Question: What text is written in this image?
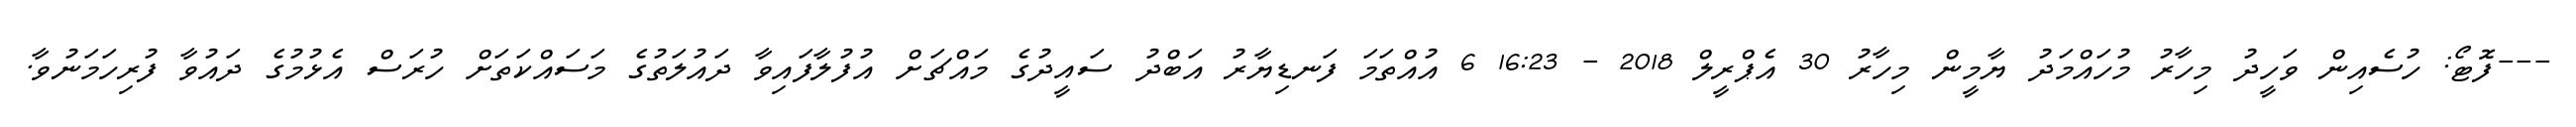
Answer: ---ފޮޓޯ: ހުސެއިން ވަހީދު މިހާރު މުހައްމަދު ޔާމީން މިހާރު 30 އެޕްރީލް 2018 - 16:23 6 އުއްތަމަ ފަނޑިޔާރު އަބްދު ސައީދުގެ މައްޗަށް އުފުލާފައިވާ ދައުލަތުގެ މަސައްކަތަށް ހުރަސް އެޅުމުގެ ދައުވާ ފުރިހަމަނުވާ.